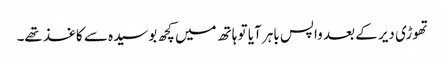
تھوڑی دیر کے بعد واپس باہر آیا تو ہاتھ میں کچھ بوسیدہ سے کاغذ تھے۔